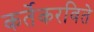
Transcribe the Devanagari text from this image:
कर्तेकरविते